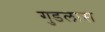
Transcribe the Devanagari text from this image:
गुडलास